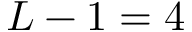
L - 1 = 4